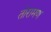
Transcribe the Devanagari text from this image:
तोरामण